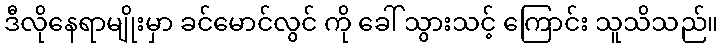
ဒီလိုနေရာမျိုးမှာ ခင်မောင်လွင် ကို ခေါ် သွားသင့် ကြောင်း သူသိသည်။